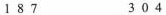
1 8 7 3 0 4